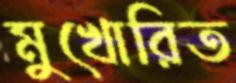
মুখোরিত